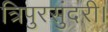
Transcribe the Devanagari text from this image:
त्रिपुरसुंदरी।